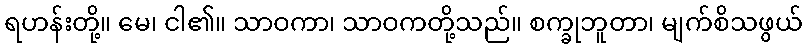
ရဟန်းတို့။ မေ၊ ငါ၏။ သာဝကာ၊ သာဝကတို့သည်။ စက္ခုဘူတာ၊ မျက်စိသဖွယ်